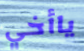
ياأخي